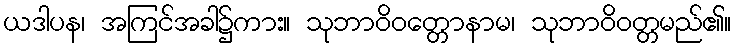
ယဒါပန၊ အကြင်အခါ၌ကား။ သုဘာဝိဝတ္တောနာမ၊ သုဘာဝိဝတ္တမည်၏။